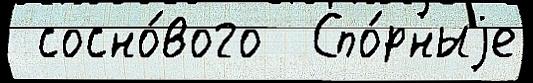
 сосно́вого  Спо́рныjе